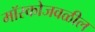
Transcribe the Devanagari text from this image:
मॉस्कोजवळील